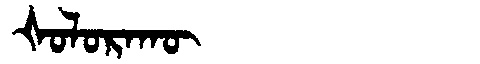
Manchu: ᡧᠣᠯᠣᡵᠠᡴᡡ
Romanization: ŠOLORAKŪ